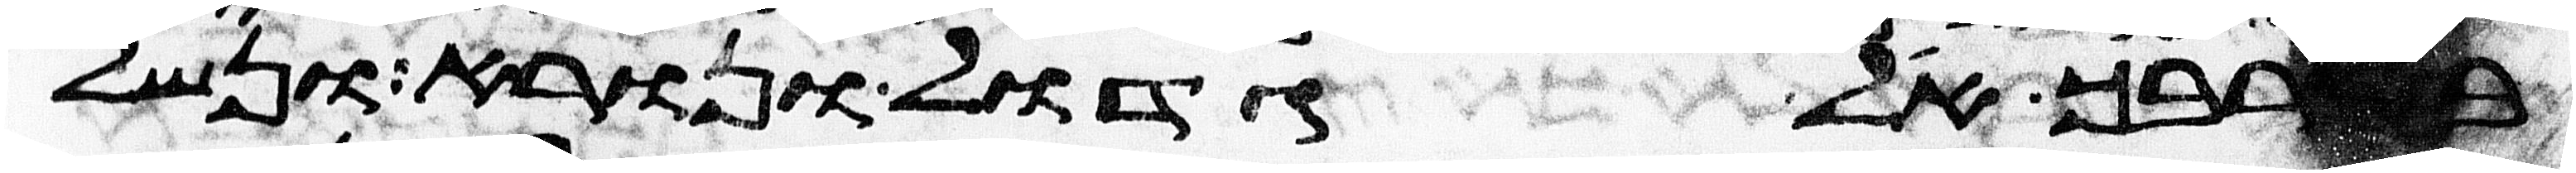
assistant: בקרבך אל גדול ונורא ונשל